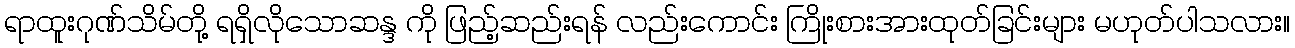
ရာထူးဂုဏ်သိမ်တို့ ရရှိလိုသောဆန္ဒ ကို ဖြည့်ဆည်းရန် လည်းကောင်း ကြိုးစားအားထုတ်ခြင်းများ မဟုတ်ပါသလား။